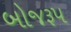
બોજરૂપ